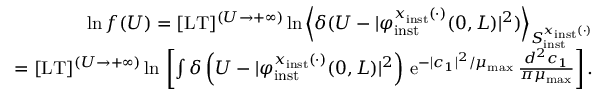
\begin{array} { r l r } & { } & { \ln f ( U ) = \lbrack \mathrm { L T } \rbrack ^ { ( U \to + \infty ) } \ln \left\langle \delta ( U - \vert \varphi _ { \mathrm { i n s t } } ^ { x _ { \mathrm { i n s t } } ( \cdot ) } ( 0 , L ) \vert ^ { 2 } ) \right\rangle _ { S _ { \mathrm { i n s t } } ^ { x _ { \mathrm { i n s t } } ( \cdot ) } } } \\ & { } & { = \lbrack \mathrm { L T } \rbrack ^ { ( U \to + \infty ) } \ln \, \left\lbrack \int \delta \left( U - \vert \varphi _ { \mathrm { i n s t } } ^ { x _ { \mathrm { i n s t } } ( \cdot ) } ( 0 , L ) \vert ^ { 2 } \right) \, \mathrm { e } ^ { - \vert c _ { 1 } \vert ^ { 2 } / \mu _ { \mathrm { m a x } } } \, \frac { d ^ { 2 } c _ { 1 } } { \pi \mu _ { \mathrm { m a x } } } \right\rbrack . } \end{array}